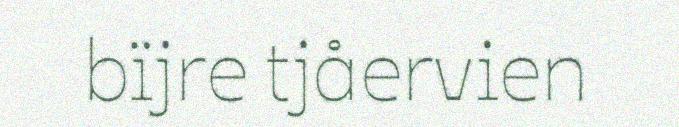
bïjre tjåervien